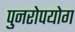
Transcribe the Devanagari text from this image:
पुनरोपयोग